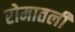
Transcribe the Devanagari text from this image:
रोमातली